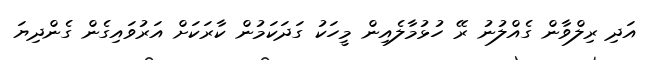
އަދި ރިލްވާން ގެއްލުނު ރޭ ހުޅުމާލެއިން މީހަކު ގަދަކަމުން ކާރަކަށް އަރުވައިގެން ގެންދިޔަ